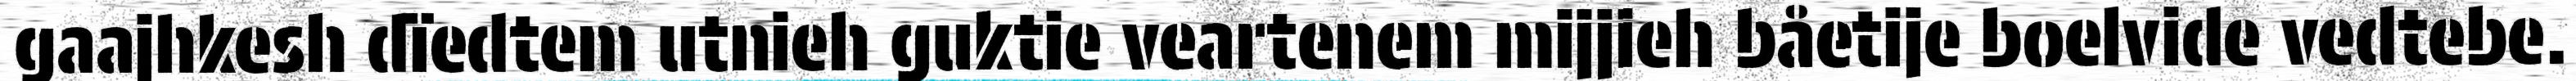
gaajhkesh dïedtem utnieh guktie veartenem mijjieh båetije boelvide vedtebe.